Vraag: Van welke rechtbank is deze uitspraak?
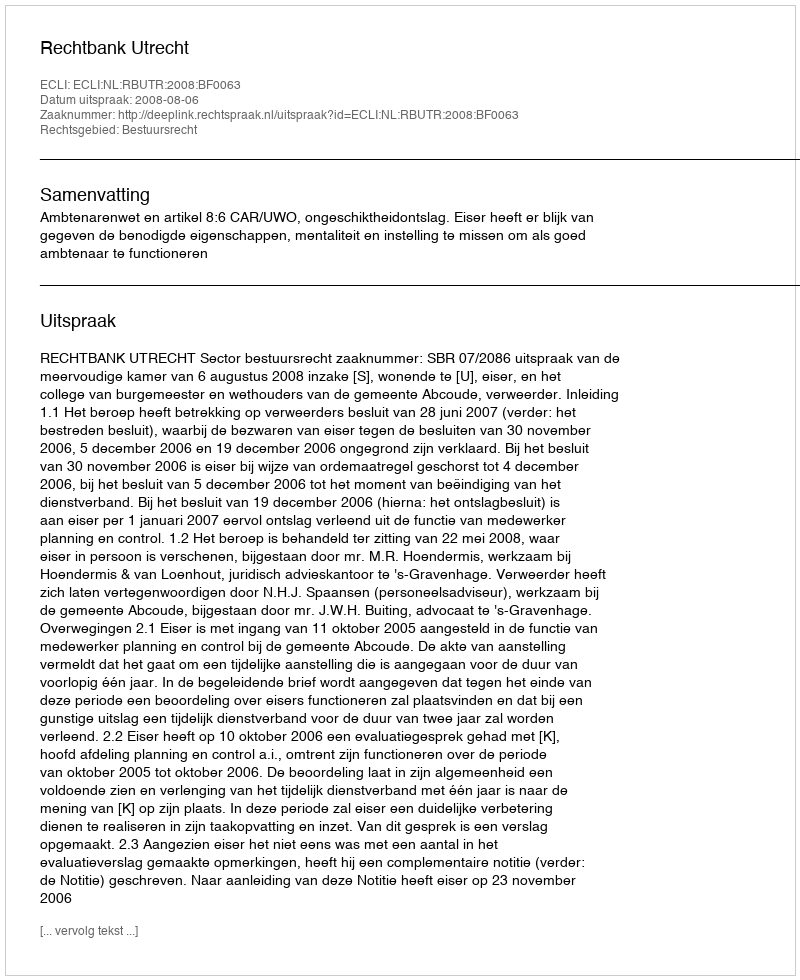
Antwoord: Rechtbank Utrecht